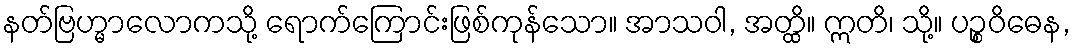
နတ်ဗြဟ္မာလောကသို့ ရောက်ကြောင်းဖြစ်ကုန်သော။ အာသဝါ, အတ္ထိ။ ဣတိ၊ သို့။ ပဉ္စဝိဓေန,